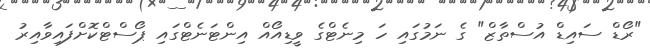
"ރޯޑް ސައިޑް އުސްތާޒް" ގެ ނަމުގައި ހަ މިނެޓްގެ ވީޑިއޯއް އިންޓަނެޓްގައި ޕޯސްޓްކޮށްފައިވާއިރު